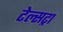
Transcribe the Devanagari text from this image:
टेल्‍सट्रा